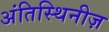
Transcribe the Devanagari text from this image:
अंतिस्थिनीज़